Indian journal of veterinary science and animal husbandry - Volumes 15-17, 1948-1951
Year: 1948
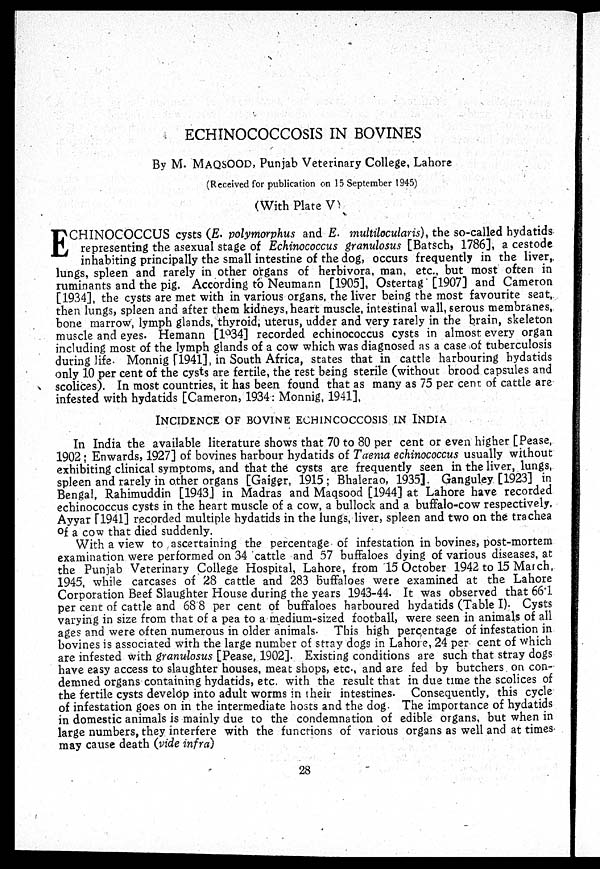
ECHINOCOCCOSIS IN BOVINES
By M. MAQSOOD, Punjab Veterinary College, Lahore
(Received for publication on 15 September 1945)
(With Plate V)
E CHINOCOCCUS cysts (E. polymorphus and E. multilocularis), the so-called hydatids
representing the asexual stage of Echinococcus granulosus [Batsch, 1786], a cestode
inhabiting principally the small intestine of the dog, occurs frequently in the liver,
lungs, spleen and rarely in other organs of herbivora, man, etc., but most often in
ruminants and the pig. According to Neumann [1905], Ostertag [1907] and Cameron
[1934], the cysts are met with in various organs, the liver being the most favourite seat,
then lungs, spleen and after them kidneys, heart muscle, intestinal wall, serous membranes,
bone marrow, lymph glands, thyroid, uterus, udder and very rarely in the brain, skeleton
muscle and eyes. Hemann [1934] recorded echinococcus cysts in almost every organ
including most of the lymph glands of a cow which was diagnosed as a case of tuberculosis
during life. Monnig [1941] in South Africa, states that in cattle harbouring hydatids
only 10 per cent of the cysts are fertile, the rest being sterile (without brood capsules and
scolices). In most countries, it has been found that as many as 75 per cent of cattle are
infested with hydatids [Cameron, 1934: Monnig, 1941].
INCIDENCE OF BOVINE ECHINCOCCOSIS IN INDIA
In India the available literature shows that 70 to 80 per cent or even higher [Pease,
1902 ; Enwards, 1927] of bovines harbour hydatids of Taenia echinococcus usually without
exhibiting clinical symptoms, and that the cysts are frequently seen in the liver, lungs,
spleen and rarely in other organs [Gaiger, 1915 ; Bhalerao, 1935]. Ganguley [1923] in
Bengal, Rahimuddin [1943] in Madras and Maqsood [1944] at Lahore have recorded
echinococcus cysts in the heart muscle of a cow, a bullock and a buffalo-cow respectively.
Ayyar [1941] recorded multiple hydatids in the lungs, liver, spleen and two on the trachea
of a cow that died suddenly.
With a view to ascertaining the percentage of infestation in bovines, post-mortem
examination were performed on 34 cattle and 57 buffaloes dying of various diseases, at
the Punjab Veterinary College Hospital, Lahore, from 15 October 1942 to 15 March,
1945, while carcases of 28 cattle and 283 buffaloes were examined at the Lahore
Corporation Beef Slaughter House during the years 1943-44. It was observed that 66.1
per cent of cattle and 68.8 per cent of buffaloes harboured hydatids (Table I). Cysts
varying in size from that of a pea to a medium-sized football, were seen in animals of all
ages and were often numerous in older animals. This high percentage of infestation in
bovines is associated with the large number of stray dogs in Lahore, 24 per cent of which
are infested with granulosus [Pease, 1902]. Existing conditions are such that stray dogs
have easy access to slaughter houses, meat shops, etc., and are fed by butchers on con-
demned organs containing hydatids, etc. with the result that in due time the scolices of
the fertile cysts develop into adult worms in their intestines. Consequently, this cycle
of infestation goes on in the intermediate hosts and the dog. The importance of hydatids
in domestic animals is mainly due to the condemnation of edible organs, but when in
large numbers, they interfere with the functions of various organs as well and at times
may cause death (vide infra)
28